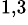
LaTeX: ^{1,3}